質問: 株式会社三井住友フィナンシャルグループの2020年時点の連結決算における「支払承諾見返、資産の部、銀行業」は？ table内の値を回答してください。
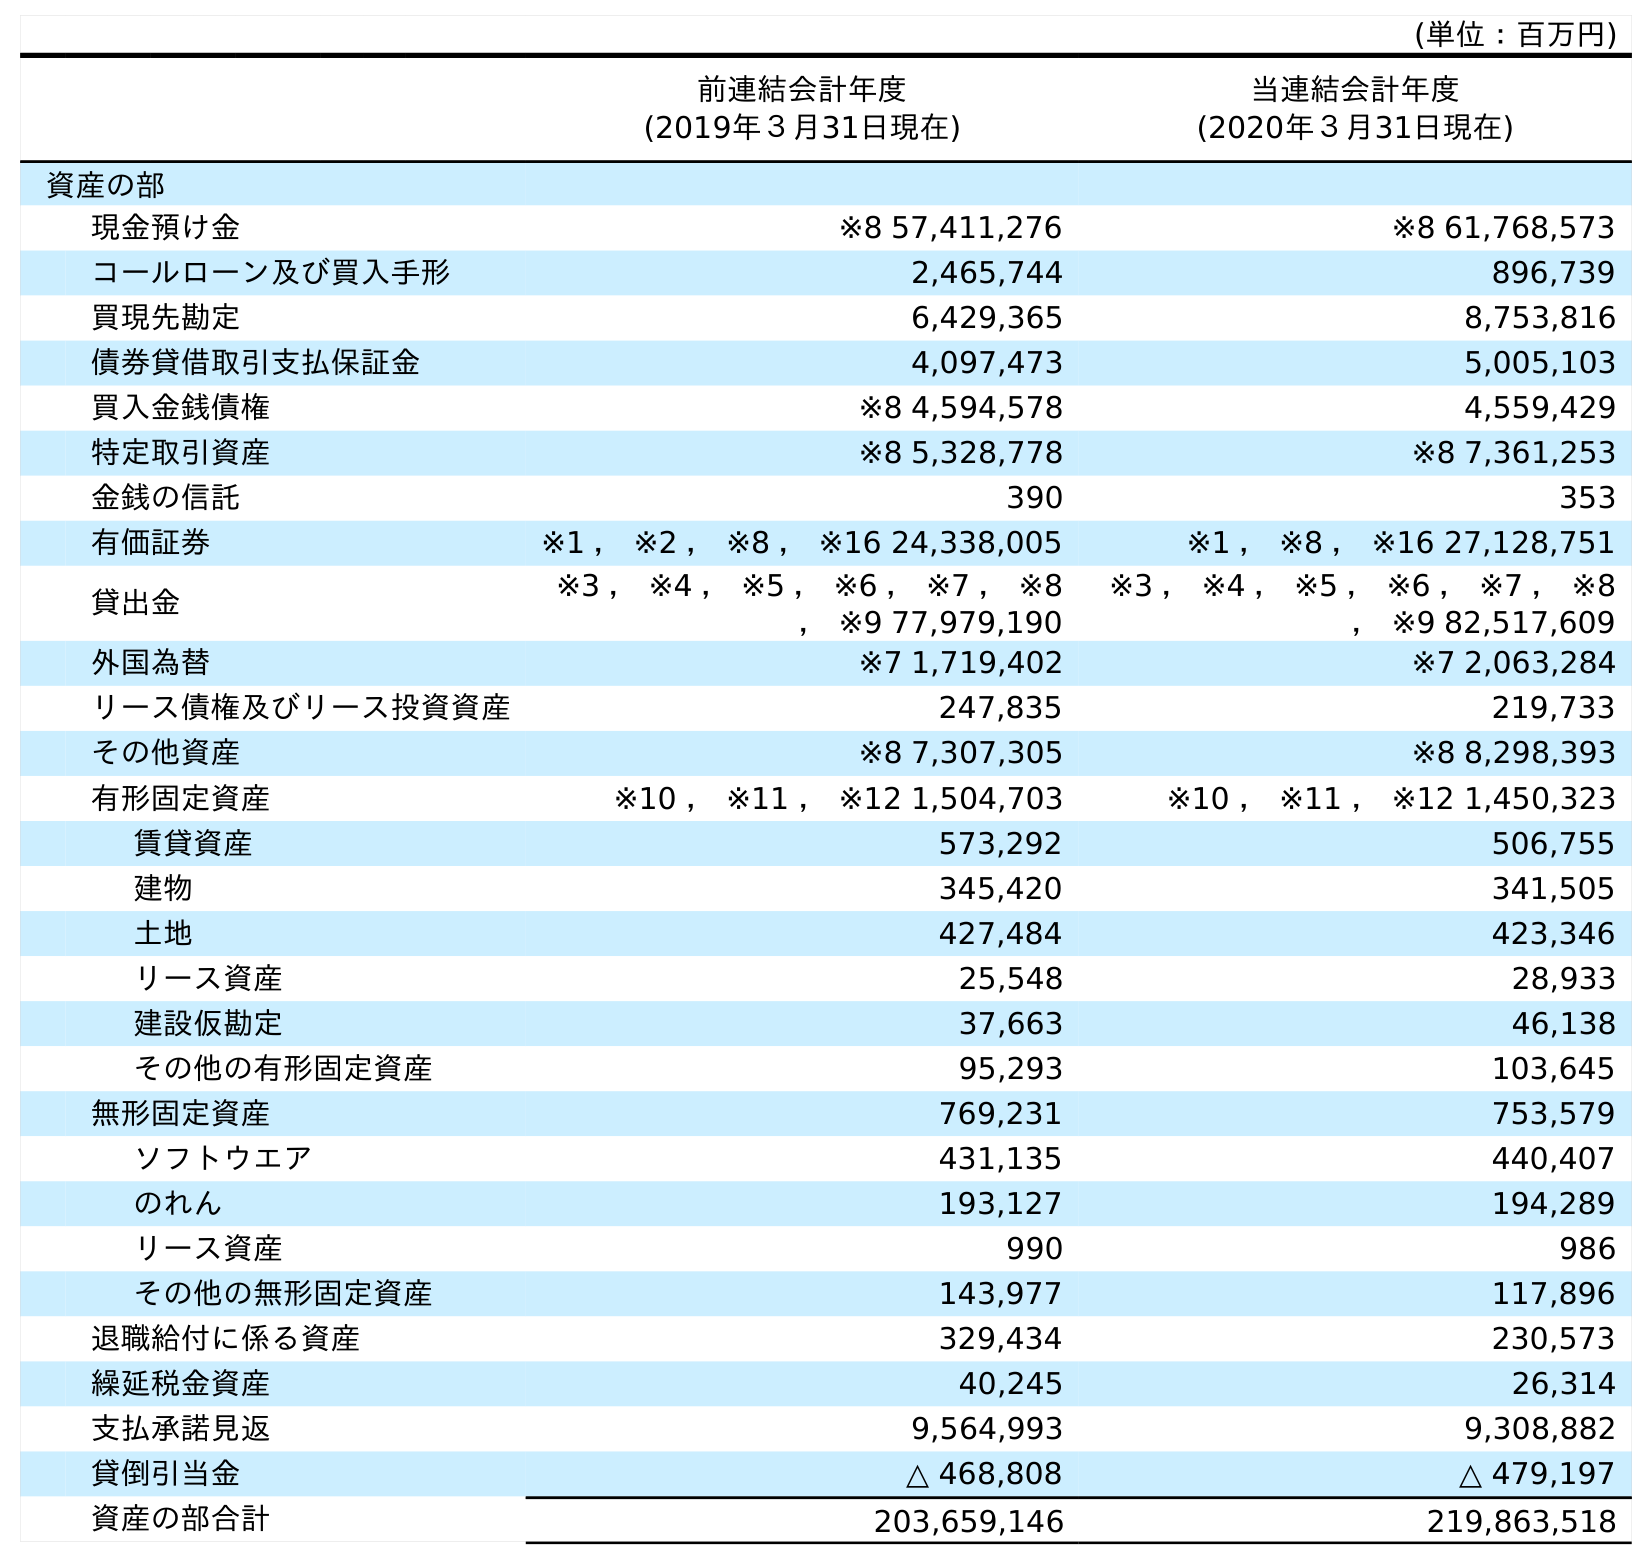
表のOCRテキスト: (単位：百万円) 前連結会計年度 (2019年３月31日現在) 当連結会計年度 (2020年３月31日現在) 資産の部 現金預け金 ※8 57,411,276 ※8 61,768,573 コールローン及び買入手形 2,465,744 896,739 買現先勘定 6,429,365 8,753,816 債券貸借取引支払保証金 4,097,473 5,005,103 買入金銭債権 ※8 4,594,578 4,559,429 特定取引資産 ※8 5,328,778 ※8 7,361,253 金銭の信託 390 353 有価証券 ※1 ， ※2 ， ※8 ， ※16 24,338,005 ※1 ， ※8 ， ※16 27,128,751 貸出金 ※3 ， ※4 ， ※5 ， ※6 ， ※7 ， ※8 ， ※9 77,979,190 ※3 ， ※4 ， ※5 ， ※6 ， ※7 ， ※8 ， ※9 82,517,609 外国為替 ※7 1,719,402 ※7 2,063,284 リース債権及びリース投資資産 247,835 219,733 その他資産 ※8 7,307,305 ※8 8,298,393 有形固定資産 ※10 ， ※11 ， ※12 1,504,703 ※10 ， ※11 ， ※12 1,450,323 賃貸資産 573,292 506,755 建物 345,420 341,505 土地 427,484 423,346 リース資産 25,548 28,933 建設仮勘定 37,663 46,138 その他の有形固定資産 95,293 103,645 無形固定資産 769,231 753,579 ソフトウエア 431,135 440,407 のれん 193,127 194,289 リース資産 990 986 その他の無形固定資産 143,977 117,896 退職給付に係る資産 329,434 230,573 繰延税金資産 40,245 26,314 支払承諾見返 9,564,993 9,308,882 貸倒引当金 △ 468,808 △ 479,197 資産の部合計 203,659,146 219,863,518
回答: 9,308,882